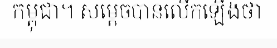
កម្ពុជា។ សម្តេចបានលើកឡើងថា